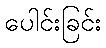
ပေါင်းခြင်း